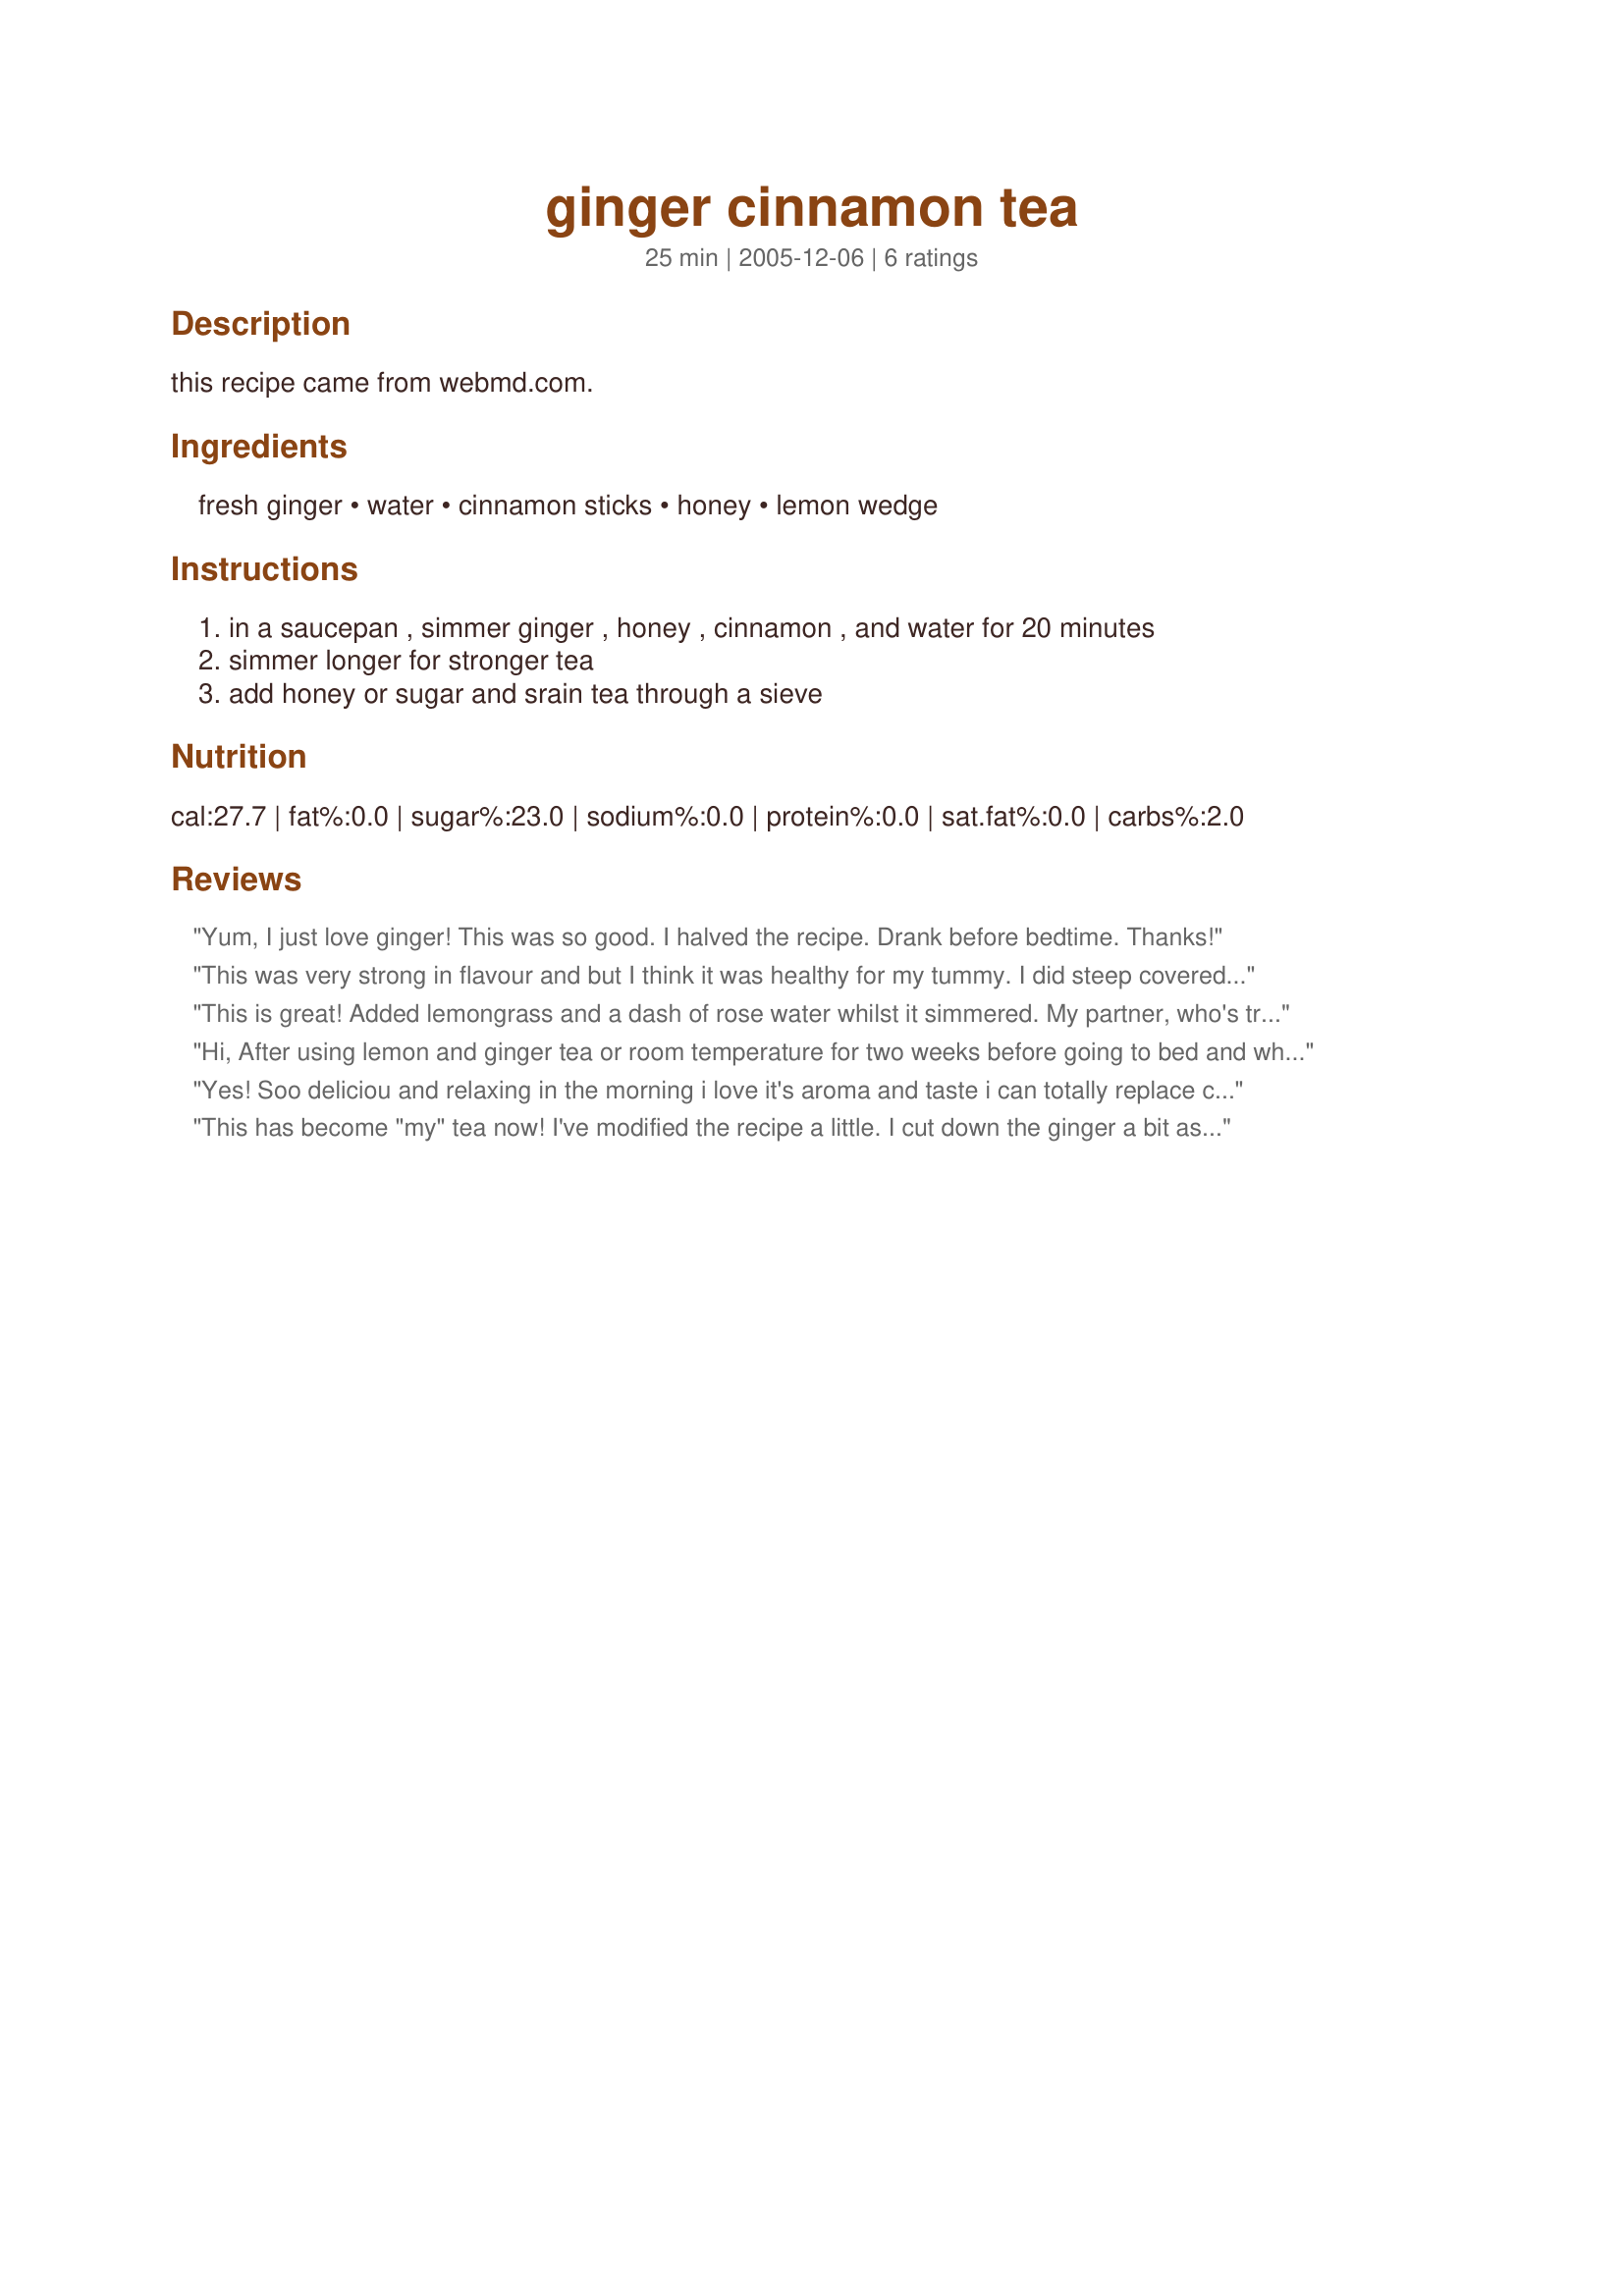
ginger cinnamon tea
Preparation time: 25 minutes

this recipe came from webmd.com.

Ingredients:
fresh ginger, water, cinnamon sticks, honey, lemon wedge

Steps:
in a saucepan , simmer ginger , honey , cinnamon , and water for 20 minutes, simmer longer for stronger tea, add honey or sugar and srain tea through a sieve

Reviews:
Yum, I just love ginger! This was so good. I halved the recipe. Drank before bedtime. Thanks!
This was very strong in flavour and but I think it was healthy for my tummy. I did steep covered for 20 minutes. I felt it needed to be sweetened with more honey to make it taste better because of the ginger being so strong. I'm sure ginger can very in potency so maybe that is why. I added the lemon slice to the tea after tasting it without. I did not squeeze it but did it for the health benefits also. I won't make this again. Made for Comfort Cafe - Snow Queens Round 01/10.
This is great! Added lemongrass and a dash of rose water whilst it simmered. My partner, who's trying to cut back on coffee, thinks it's delicious too! Thanks!
Hi, After using lemon and ginger tea or room temperature for two weeks before going to bed and when I get up in the morning, my belly went down a lot. I decided to just use ginger and cinnamon tea for the first time for the health benefits. I felt I was getting too much acidic benefit from the lemon for too long, so I decided to cut down a bit. The ginger and cinnamon tea was OK the first cup. After couple of hours the tea became too strong the Cinnamon over powered the ginger and it did not taste good any more so I eat a 1/2 tsp honey, which helped my blood sugar and take away the overpowering tast. I did not add the honey to the tea because it was said it would loose its benefits in hot water. I would put some honey in my mouth then sip on the tea, so I would get all the benefits from the ingredients. Next time making the tea I will put more ginger and after a while when the cinnamon stick soke maybe about one and half hour then remove it and enjoy the tea.
Yes! Soo deliciou and relaxing in the morning i love it's aroma and taste i can totally replace coffe with this! ??
This has become "my" tea now! I've modified the recipe a little. I cut down the ginger a bit as it was quite strong and I upped the cinnamon sticks to 4 (I use Ceylon Cinnamon rather than the usual Saigon Cinnamon and I make two batches from 1 set of ingredients). It is sweet without sugar that way. Great hot or over ice .... it's been 95 degrees here, so I've had plenty of opportunity to test the recipe!! Thank you for sharing janem123!
